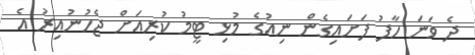
ދެ ވަނަ ހާފު ފަށައިގެން ނިއުގެ މުޅި ޓީމު ކުރިއަށް ޖެހުނުއިރު އެ